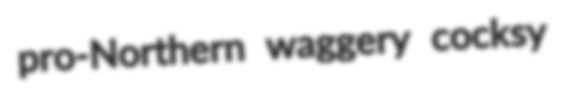
pro-Northern waggery cocksy